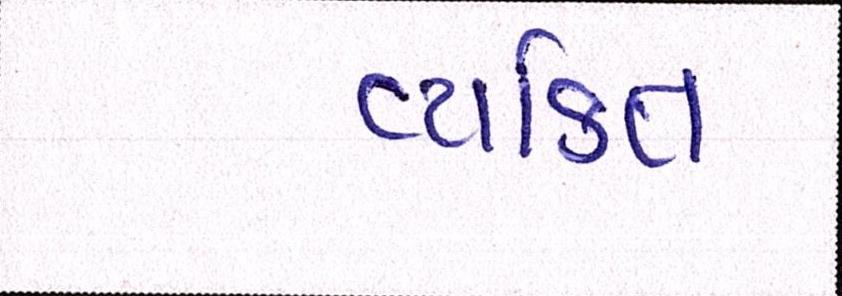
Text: વ્યક્તિ